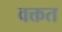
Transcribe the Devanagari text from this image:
वक्तत